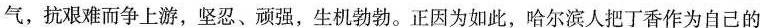
气，抗艰难而争上游，坚忍、顽强，生机勃勃。正因为如此，哈尔滨人把丁香作为自己的